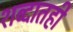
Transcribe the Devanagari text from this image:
शब्दातही